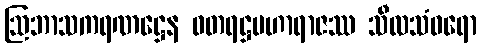
ဩဘာသကရဏဋ္ဌေန ဓတရဋ္ဌမဟာရာဇဿ သီလသံဝရော